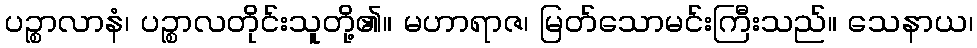
ပဉ္စာလာနံ၊ ပဉ္စာလတိုင်းသူတို့၏။ မဟာရာဇ၊ မြတ်သောမင်းကြီးသည်။ သေနာယ၊